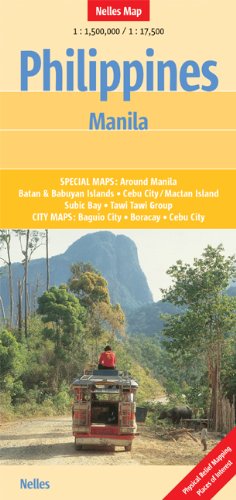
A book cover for Philippines and Manila Nelles Map (English, French and German Edition); Nelles Maps; Travel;